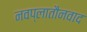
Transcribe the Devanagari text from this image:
नवप्लातौनवाद